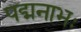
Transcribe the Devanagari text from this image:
पद्मनाभः